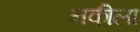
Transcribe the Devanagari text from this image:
नकीला